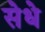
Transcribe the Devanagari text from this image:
सेधे